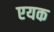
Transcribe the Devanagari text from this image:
एयक